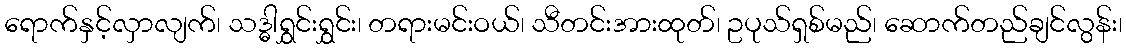
ရောက်နှင့်လှာလျက်၊ သဒ္ဓါရွှင်းရွှင်း၊ တရားမင်းဝယ်၊ သီတင်းအားထုတ်၊ ဥပုသ်ရှစ်မည်၊ ဆောက်တည်ချင်လွန်း၊